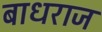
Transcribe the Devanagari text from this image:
बाधराज